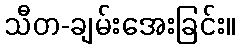
သီတ-ချမ်းအေးခြင်း။